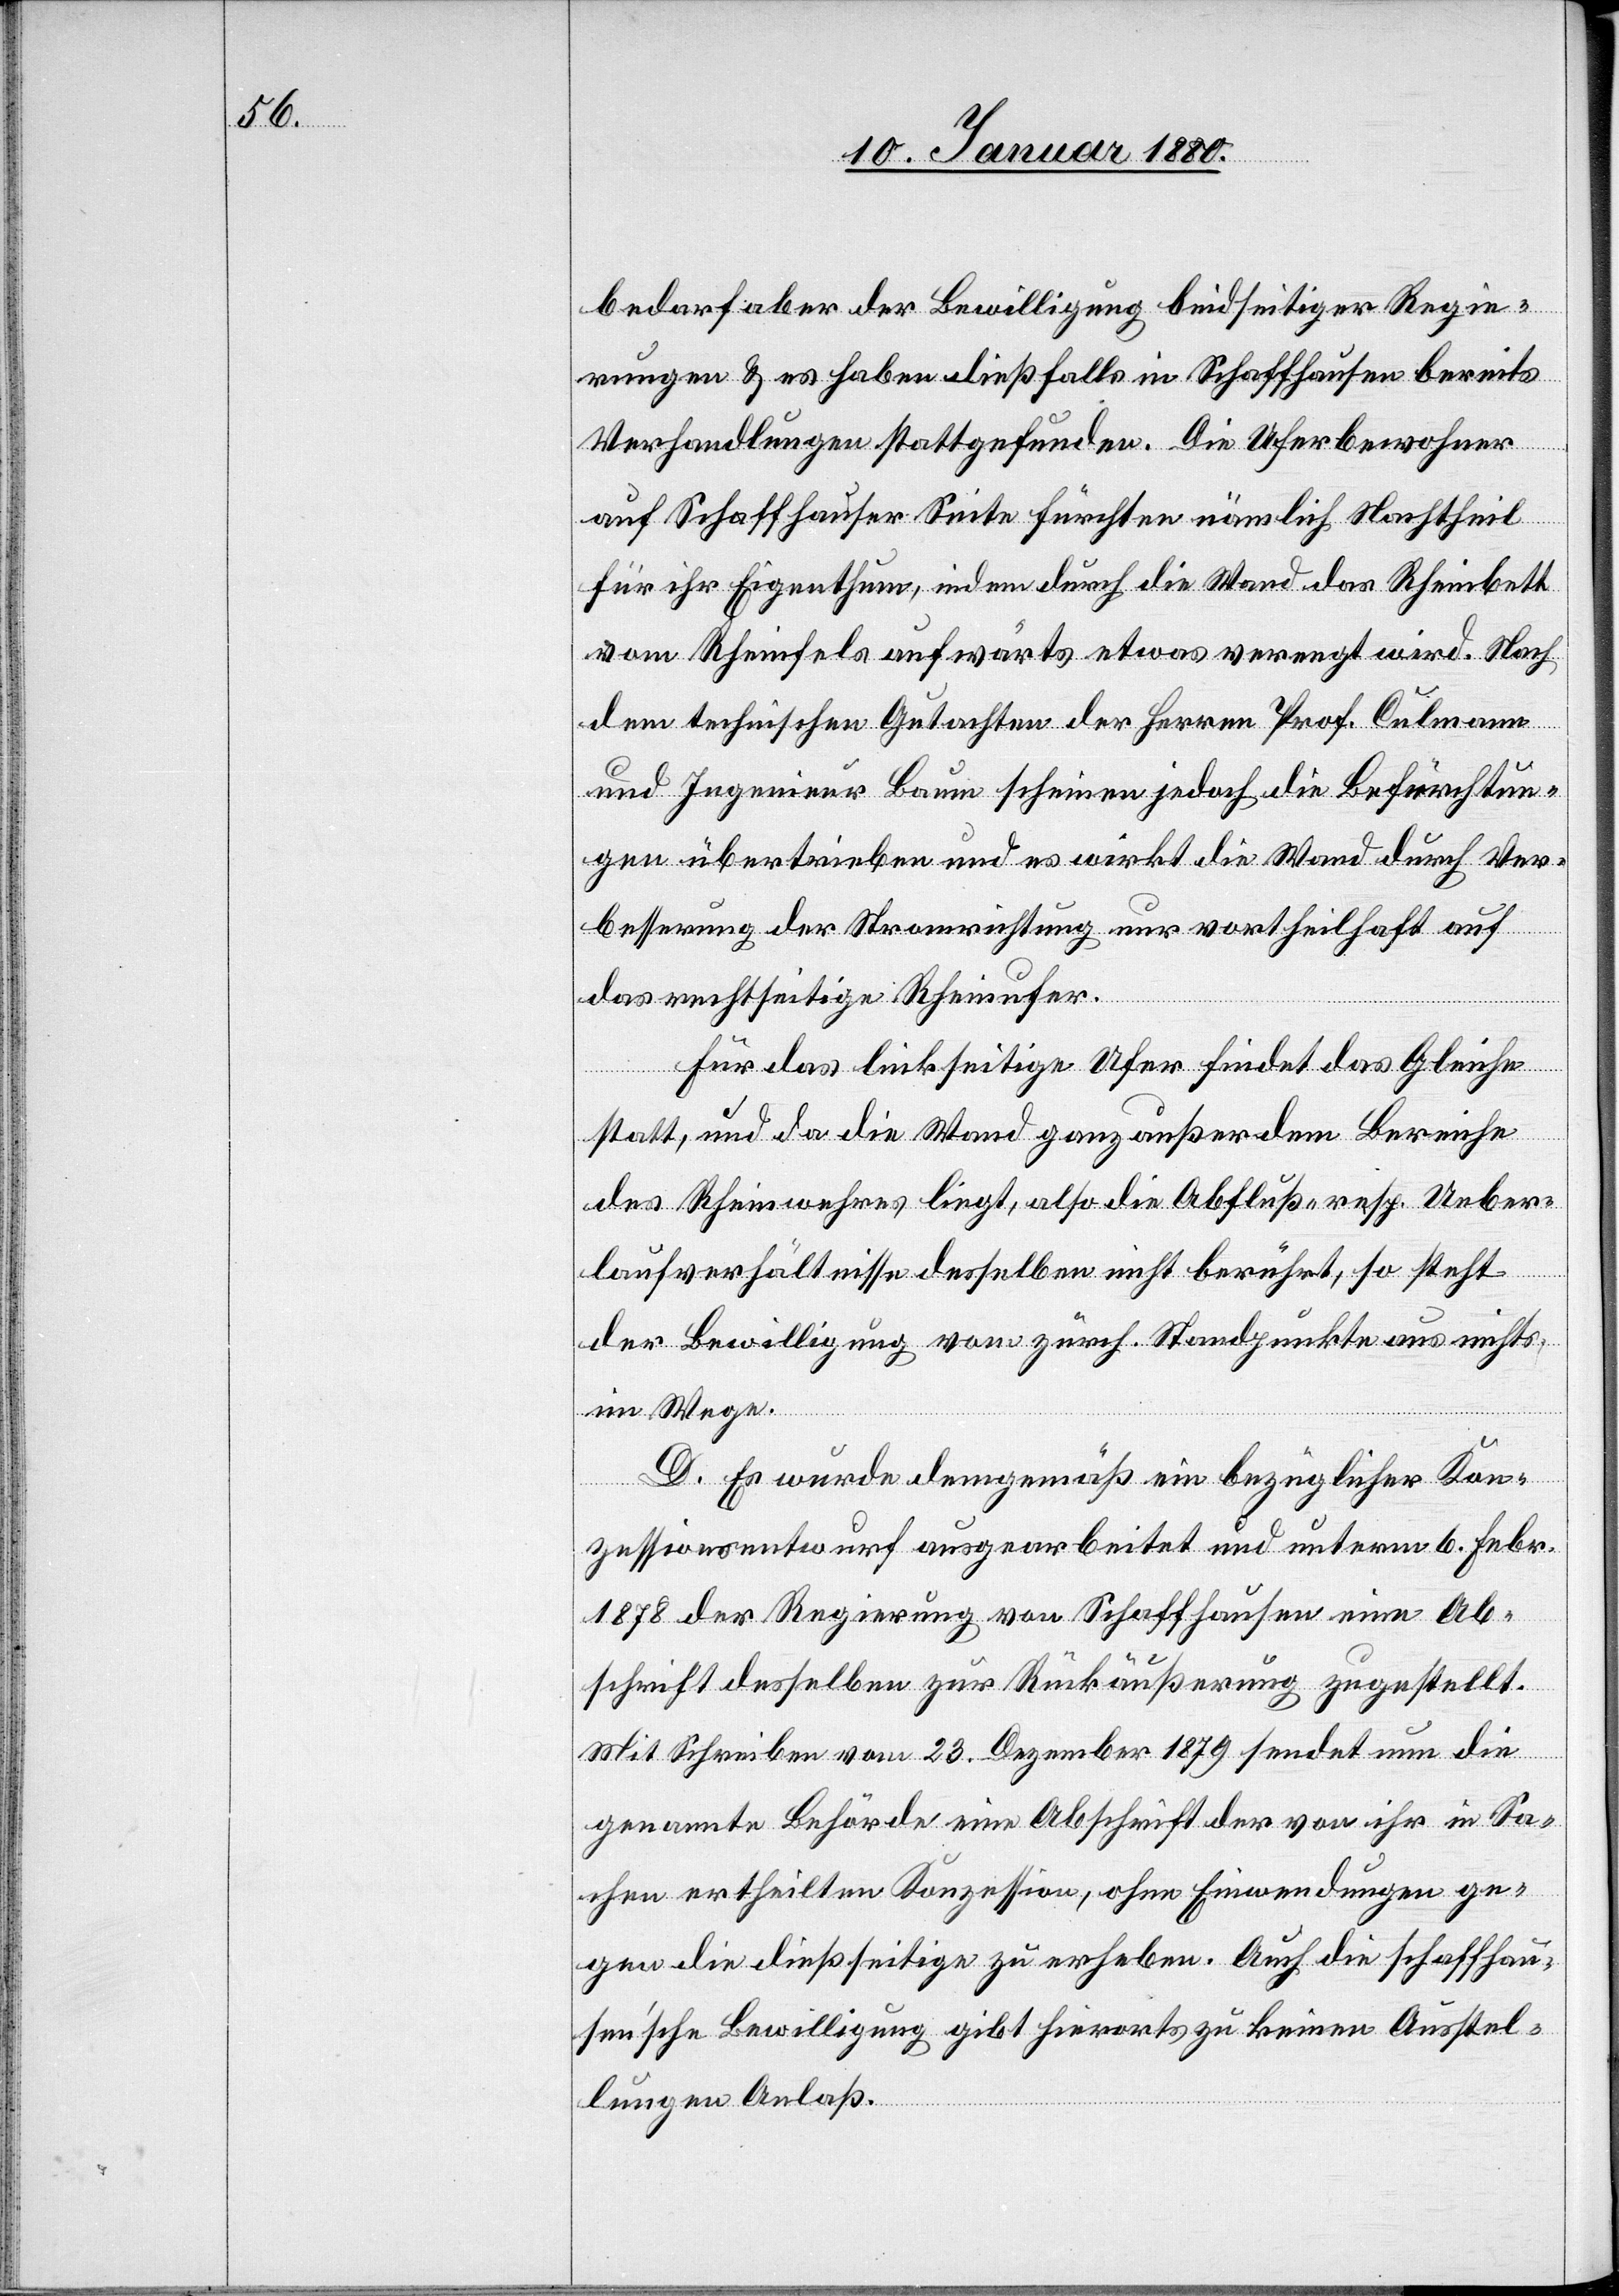
bedarf aber der Bewilligung beidseitiger Regie¬
rungen & es haben dießfalls in Schaffhausen bereits
Verhandlungen stattgefunden. Die Uferbewohner
auf Schaffhauser Seite fürchten nämlich, Nachtheil
für ihr Eigenthum, indem durch die Wand das Rheinbett
vom Rheinfels aufwärts etwas verengt wird. Nach
dem technischen Gutachten der Herren Prof. Culmann
und Ingenieur Baum scheinen jedoch die Befürchtun¬
gen übertrieben und es wirkt die Wand durch Ver¬
besserung der Stromrichtung nur vortheilhaft auf
das rechtseitige Rheinufer.
Für das linksseitige Ufer findet das Gleiche
statt, und da die Wand ganz außer dem Bereiche
des Rheinwehres liegt, also die Abfluß- resp. Ueber¬
laufverhältnisse desselben nicht berührt, so steht
der Bewilligung von zürch. Standpunkte aus nichts
im Wege.
D. Es wurde demgemäß ein bezüglicher Kon¬
zessionsentwurf ausgearbeitet und unterm 6. Febr.
1878 der Regierung von Schaffhausen eine Ab¬
schrift desselben zur Rückäußerung zugestellt.
Mit Schreiben vom 23. Dezember 1879 sendet nun die
genannte Behörde eine Abschrift der von ihr in Sa¬
chen ertheilten Konzession, ohne Einwendungen ge¬
gen die dießseitige zu erheben. Auch die schaffhau¬
ser’sche Bewilligung gibt hierorts zu keinen Ausstel¬
lungen Anlaß.